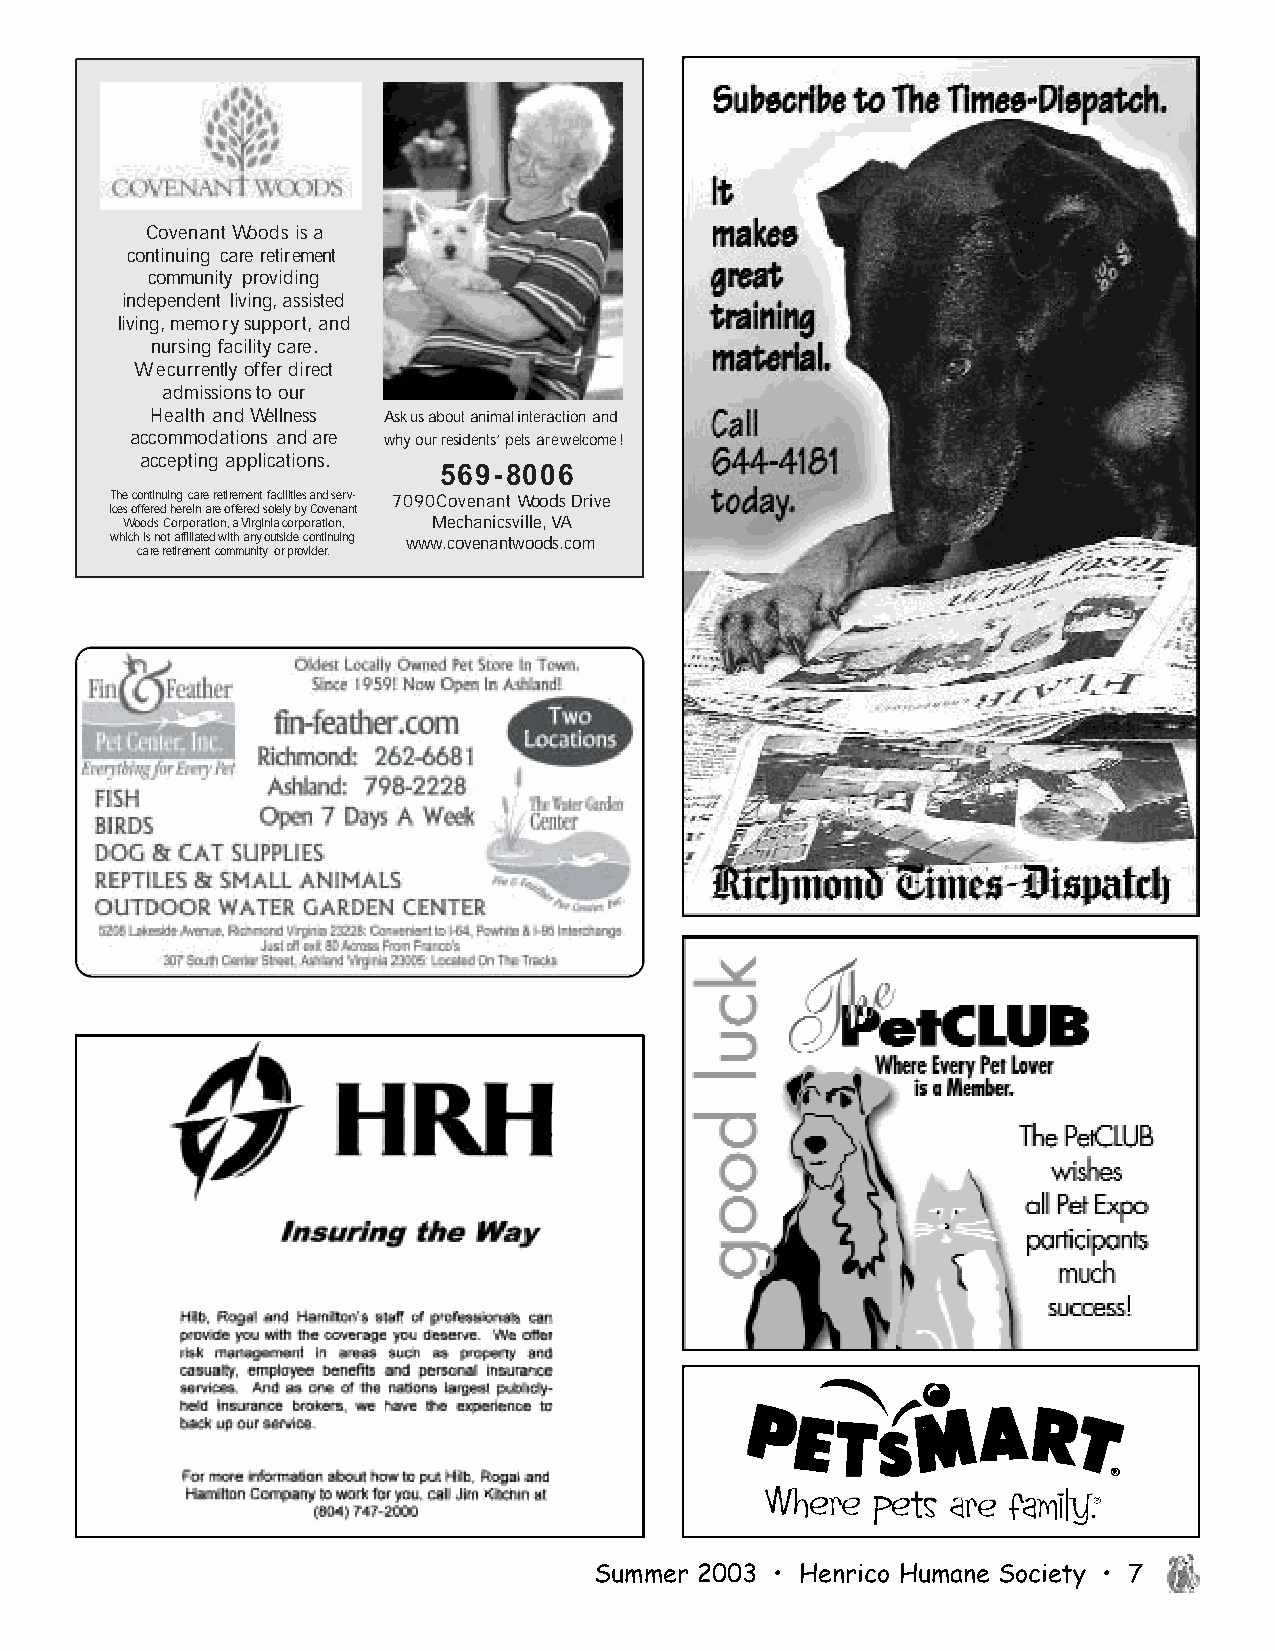
Covenant Woods is a
 continuing care retirement
 community providing
 independent living, assisted
 living, memory support, and
 nursing facility care.
 We currently offer direct
 admissions to our
 Health and Wellness Ask us about animal interaction and
 accommodations and are why our residents’ pets are welcome!
 accepting applications.
 569-8006
 The continuing care retirement facilities and serv- 7090 Covenant Woods Drive
 ices offered herein are offered solely by Covenant
 Woods Corporation, a Virginia corporation, Mechanicsville, VA
 which is not affiliated with any outside continuing www.covenantwoods.com
 care retirement community or provider.
 Summer 2003 • Henrico Humane Society • 7